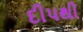
દીપથી